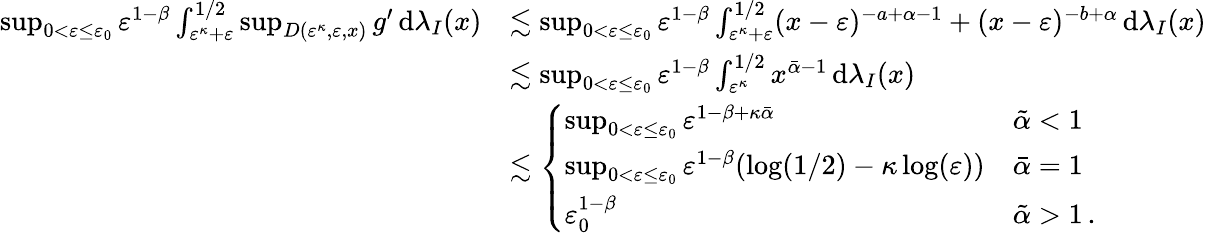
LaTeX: \begin{array}{rl}{\operatorname*{sup}_{0<{\varepsilon}\leq{\varepsilon}_{0}}{\varepsilon}^{1-\beta}\int_{{\varepsilon}^{\kappa}+{\varepsilon}}^{1/2}\operatorname*{sup}_{D({\varepsilon}^{\kappa},{\varepsilon},x)}g^{\prime}\, \mathrm{d}\lambda_{I}(x)}&{\lesssim\operatorname*{sup}_{0<{\varepsilon}\leq{\varepsilon}_{0}}{\varepsilon}^{1-\beta}\int_{{\varepsilon}^{\kappa}+{\varepsilon}}^{1/2}(x-{\varepsilon})^{-a+\alpha-1}+(x-{\varepsilon})^{-b+\alpha}\, \mathrm{d}\lambda_{I}(x)}\\ &{\lesssim\operatorname*{sup}_{0<{\varepsilon}\leq{\varepsilon}_{0}}{\varepsilon}^{1-\beta}\int_{{\varepsilon}^{\kappa}}^{1/2}x^{\bar{\alpha}-1}\, \mathrm{d}\lambda_{I}(x)}\\ {\ }&{\lesssim\left\{ \begin{array}{ll}{\operatorname*{sup}_{0<{\varepsilon}\leq{\varepsilon}_{0}}{\varepsilon}^{1-\beta+\kappa\bar{\alpha}}}&{\tilde{\alpha}<1}\\ {\operatorname*{sup}_{0<{\varepsilon}\leq{\varepsilon}_{0}}{\varepsilon}^{1-\beta}(\log(1/2)-\kappa\log({\varepsilon}))}&{\bar{\alpha}=1}\\ {{\varepsilon}_{0}^{1-\beta}}&{\tilde{\alpha}>1\, .}\end{array}\right.}\end{array}